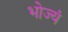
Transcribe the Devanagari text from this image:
भोज्यं